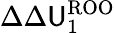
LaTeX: \Delta\Delta\mathsf{U}_{1}^{\mathrm{{ROO}}}